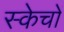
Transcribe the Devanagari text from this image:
स्केचों